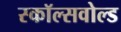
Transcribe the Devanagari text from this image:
स्कॉल्सवोल्ड